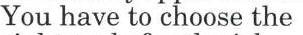
You have to choose the